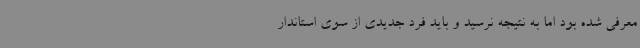
معرفی شده بود اما به نتیجه نرسید و باید فرد جدیدی از سوی استاندار